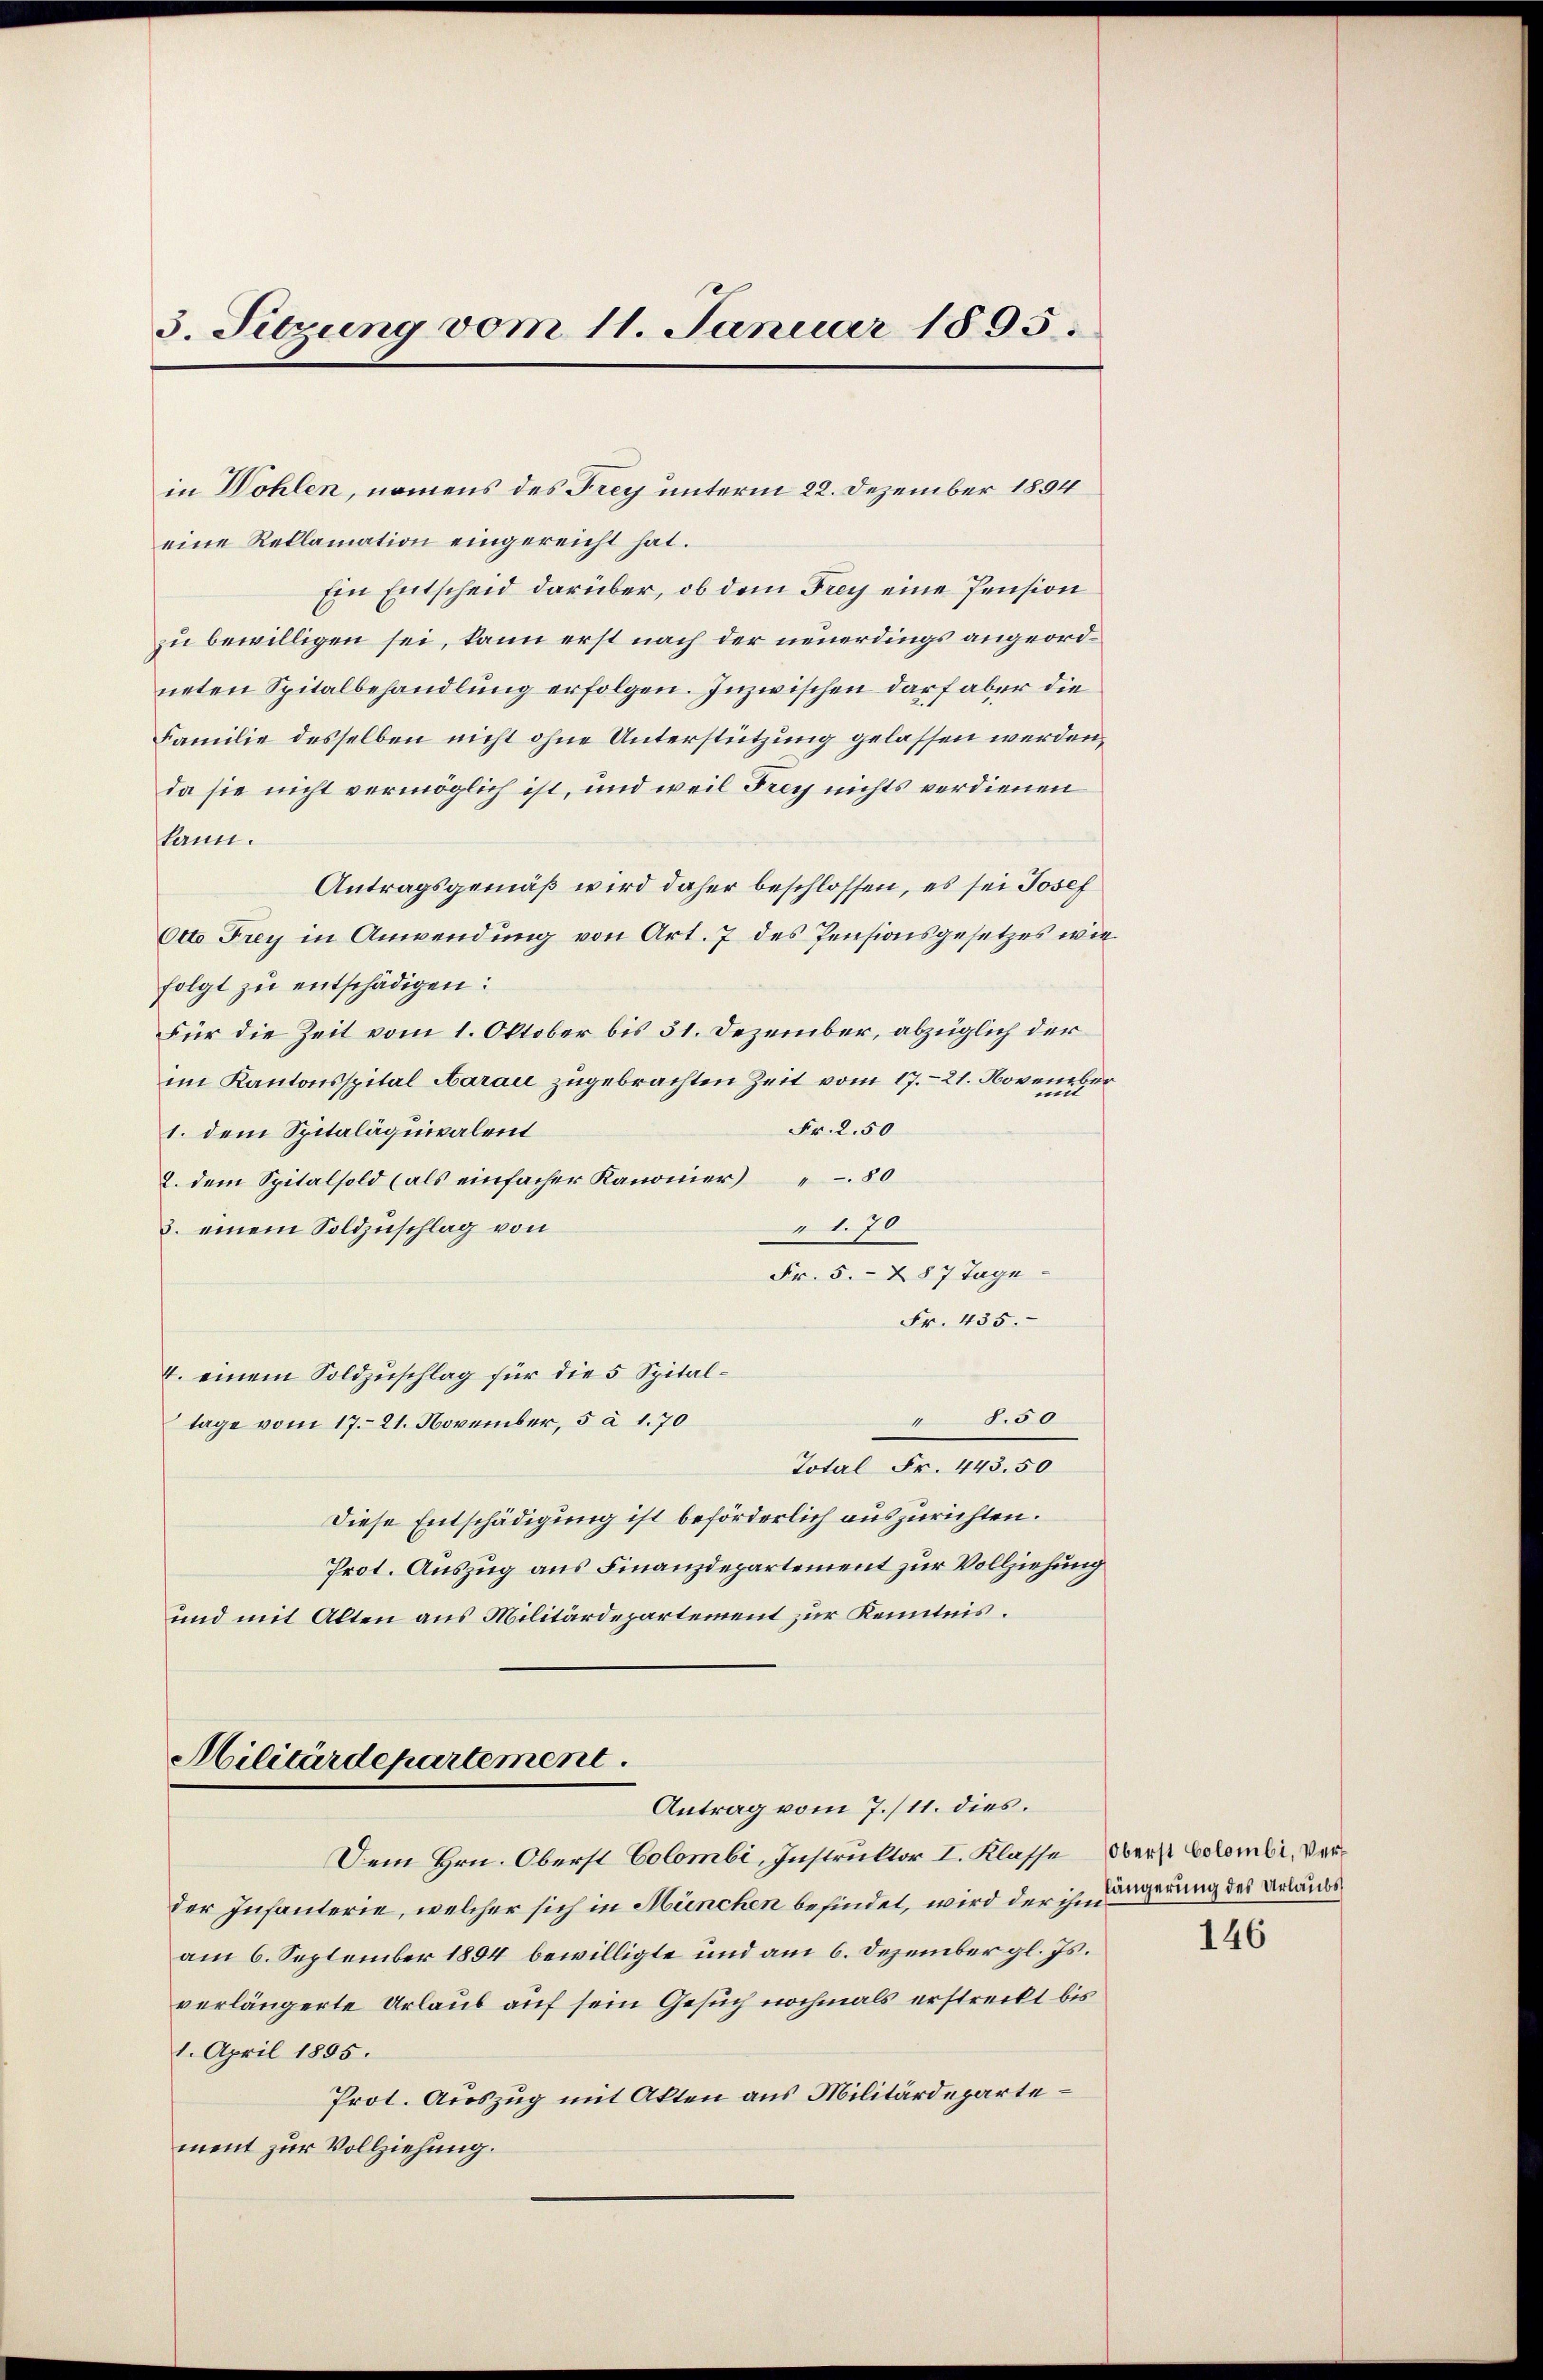
3. Sitzung vom 11. Januar 1895.

eine Reklamation eingereicht hat.
Ein Entscheid darüber, ob dem Frey eine Pension
zu bewilligen sei, kann erst nach der neuerdings angeordneten Spitalbehandlung erfolgen. Inzwischen darf aber die
Familie desselben nicht ohne Unterstützung gelassen werden,
da sie nicht vermöglich ist, und weil Frey nichts verdienen
kann.
Antragsgemäß wird daher beschlossen, es sei Josef
Otto Frey in Anwendung von Art. 7 des Pensionsgesetzes wie
folgt zu entschädigen:
Für die Zeit vom 1. Oktober bis 31. Dezember, abzüglich der
im Kantonsspital Aarau zugebrachten Zeit vom 17. 21. November
Fr. 2.50
1. dem Spitaläquivalent
2. dem Spitalsold (als einfacher Kanonier) " 80
170
3. einem Soldzuschlag von
Fr. 5.- 287 Tage
Fr. 435.
4. einem Soldzuschlag für die 5 Spital¬
" 8.50
tage vom 17. 21. November, 5 à 1.70
Total Fr. 443. 50
Diese Entschädigung ist beförderlich auszurichten.
Prot. Auszug aus Finanzdepartement zur Vollziehung
und mit Alten aus Militärdepartement zur Kenntnis.

in Wohlen, namens des Frey unterm 22. Dezember 1894

Militärdepartement
Antrag vom 7./11. dies.

Dem Hrn. Oberst Colombi, Instruktor I. Klasse erst Colombi. Verder Infanterie, welcher sich in München befindet, wird der ihm
am 6. September 1894 bewilligte und am 6. Dezember gl. Js.
verlängerte Urlaub auf sein Gesuch nochmals erstreckt bis
1. April 1895.
Prot. Auszug mit Akten aus Militärdepartement zur Vollziehung.

längerung des Urlaubs

146